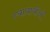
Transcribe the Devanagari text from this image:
न्यायाधीओं